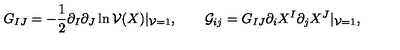
G _ { I J } = - \frac 1 2 \partial _ { I } \partial _ { J } \ln { \cal V } ( X ) | _ { { \cal V } = 1 } , \qquad { \cal G } _ { i j } = G _ { I J } \partial _ { i } X ^ { I } \partial _ { j } X ^ { J } | _ { { \cal V } = 1 } ,